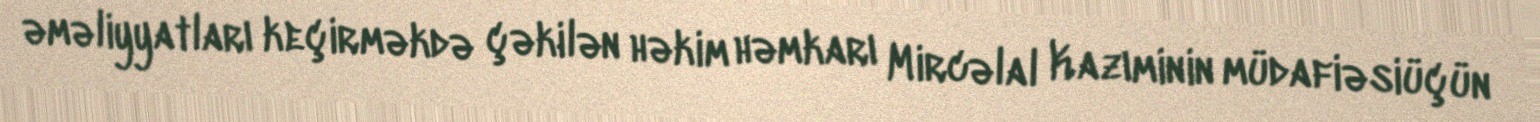
əməliyyatları keçirməkdə çəkilən həkim həmkarı Mircəlal Kazıminin müdafiəsiüçün